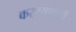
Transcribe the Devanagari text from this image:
करण्याएवढी